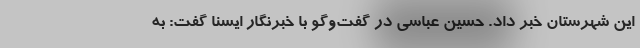
این شهرستان خبر داد. حسین عباسی در گفت‌وگو با خبرنگار ایسنا گفت: به